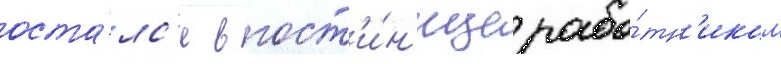
оста́лс'я в гост'и́н'ице рабо́тн'иком